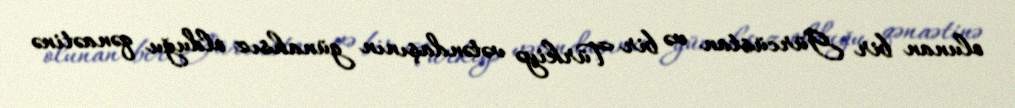
olunan bir Gürcüstan və bir Türkiyə vətəndaşının günahsız olduğu qənaətinə